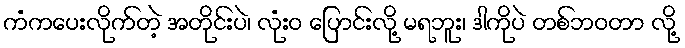
ကံကပေးလိုက်တဲ့ အတိုင်းပဲ၊ လုံးဝ ပြောင်းလို့ မရဘူး၊ ဒါကိုပဲ တစ်ဘဝတာ လို့